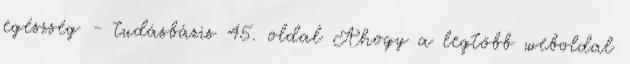
egészség - tudásbázis 45. oldal Ahogy a legtöbb weboldal